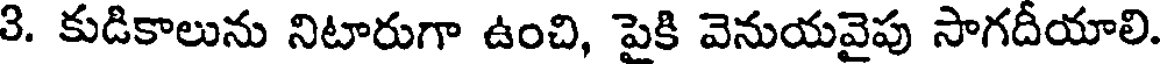
3. కుడికాలును నిటారుగా ఉంచి, పైకి వెనుయవైపు సాగదీయాలి.